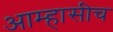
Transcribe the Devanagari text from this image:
आम्हासीच